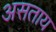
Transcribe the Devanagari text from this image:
असताय